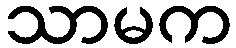
သာမက